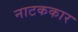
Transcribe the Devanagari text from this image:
नाटककार